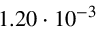
1 . 2 0 \cdot 1 0 ^ { - 3 }